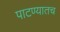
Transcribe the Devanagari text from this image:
पाटण्यातच